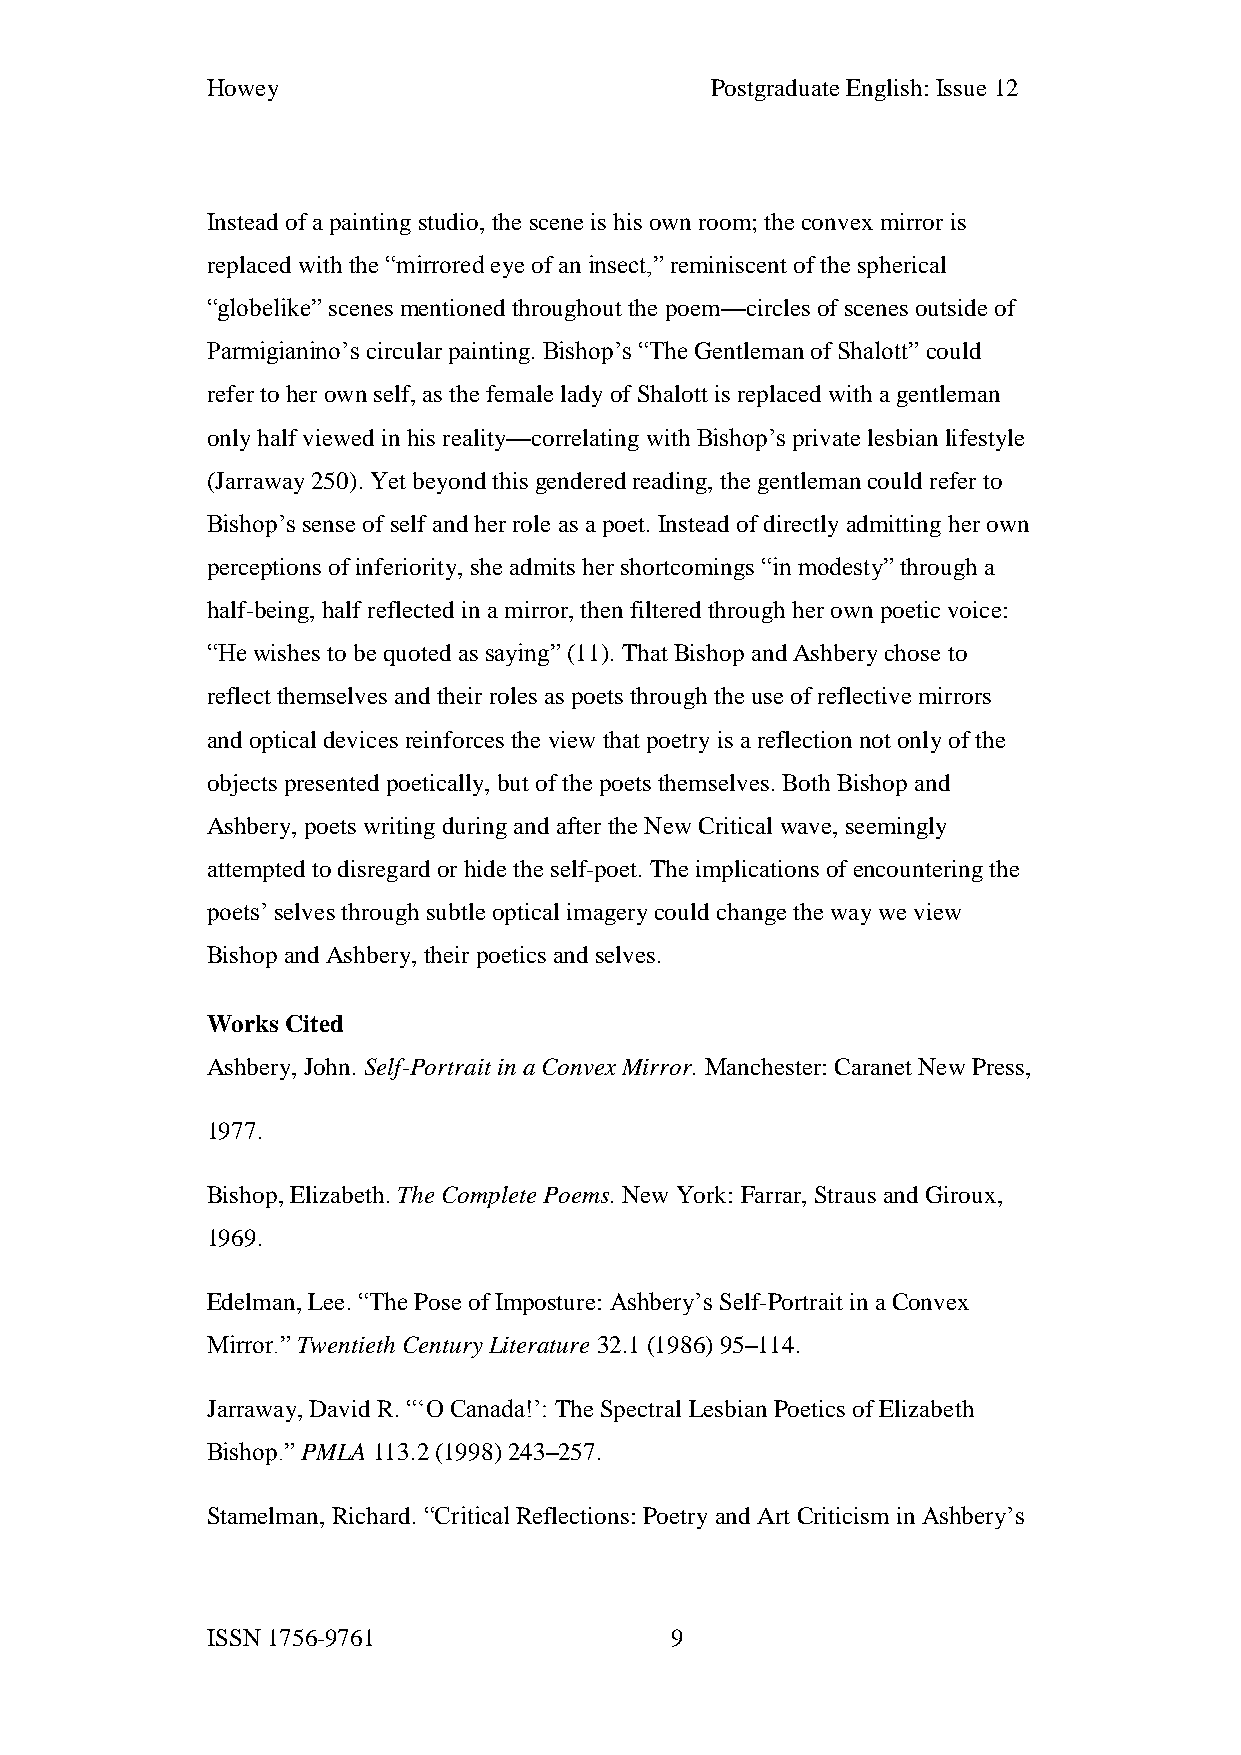
Howey                            Postgraduate English: Issue 12
 Instead of a painting studio, the scene is his own room; the convex mirror is
 replaced with the “mirrored eye of an insect,” reminiscent of the spherical
 “globelike” scenes mentioned throughout the poem—circles of scenes outside of
 Parmigianino’s circular painting. Bishop’s “The Gentleman of Shalott” could
 refer to her own self, as the female lady of Shalott is replaced with a gentleman
 only half viewed in his reality—correlating with Bishop’s private lesbian lifestyle
 (Jarraway 250). Yet beyond this gendered reading, the gentleman could refer to
 Bishop’s sense of self and her role as a poet. Instead of directly admitting her own
 perceptions of inferiority, she admits her shortcomings “in modesty” through a
 half-being, half reflected in a mirror, then filtered through her own poetic voice:
 “He wishes to be quoted as saying” (11). That Bishop and Ashbery chose to
 reflect themselves and their roles as poets through the use of reflective mirrors
 and optical devices reinforces the view that poetry is a reflection not only of the
 objects presented poetically, but of the poets themselves. Both Bishop and
 Ashbery, poets writing during and after the New Critical wave, seemingly
 attempted to disregard or hide the self-poet. The implications of encountering the
 poets’ selves through subtle optical imagery could change the way we view
 Bishop and Ashbery, their poetics and selves.
 Works Cited
 Ashbery, John. Self-Portrait in a Convex Mirror. Manchester: Caranet New Press,
 1977.
 Bishop, Elizabeth. The Complete Poems. New York: Farrar, Straus and Giroux,
 1969.
 Edelman, Lee. “The Pose of Imposture: Ashbery’s Self-Portrait in a Convex
 Mirror.” Twentieth Century Literature 32.1 (1986) 95–114.
 Jarraway, David R. “‘O Canada!’: The Spectral Lesbian Poetics of Elizabeth
 Bishop.” PMLA 113.2 (1998) 243–257.
 Stamelman, Richard. “Critical Reflections: Poetry and Art Criticism in Ashbery’s
 ISSN 1756-9761                9